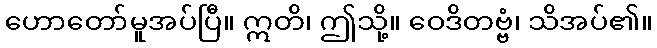
ဟောတော်မူအပ်ပြီ။ ဣတိ၊ ဤသို့။ ဝေဒိတဗ္ဗံ၊ သိအပ်၏။